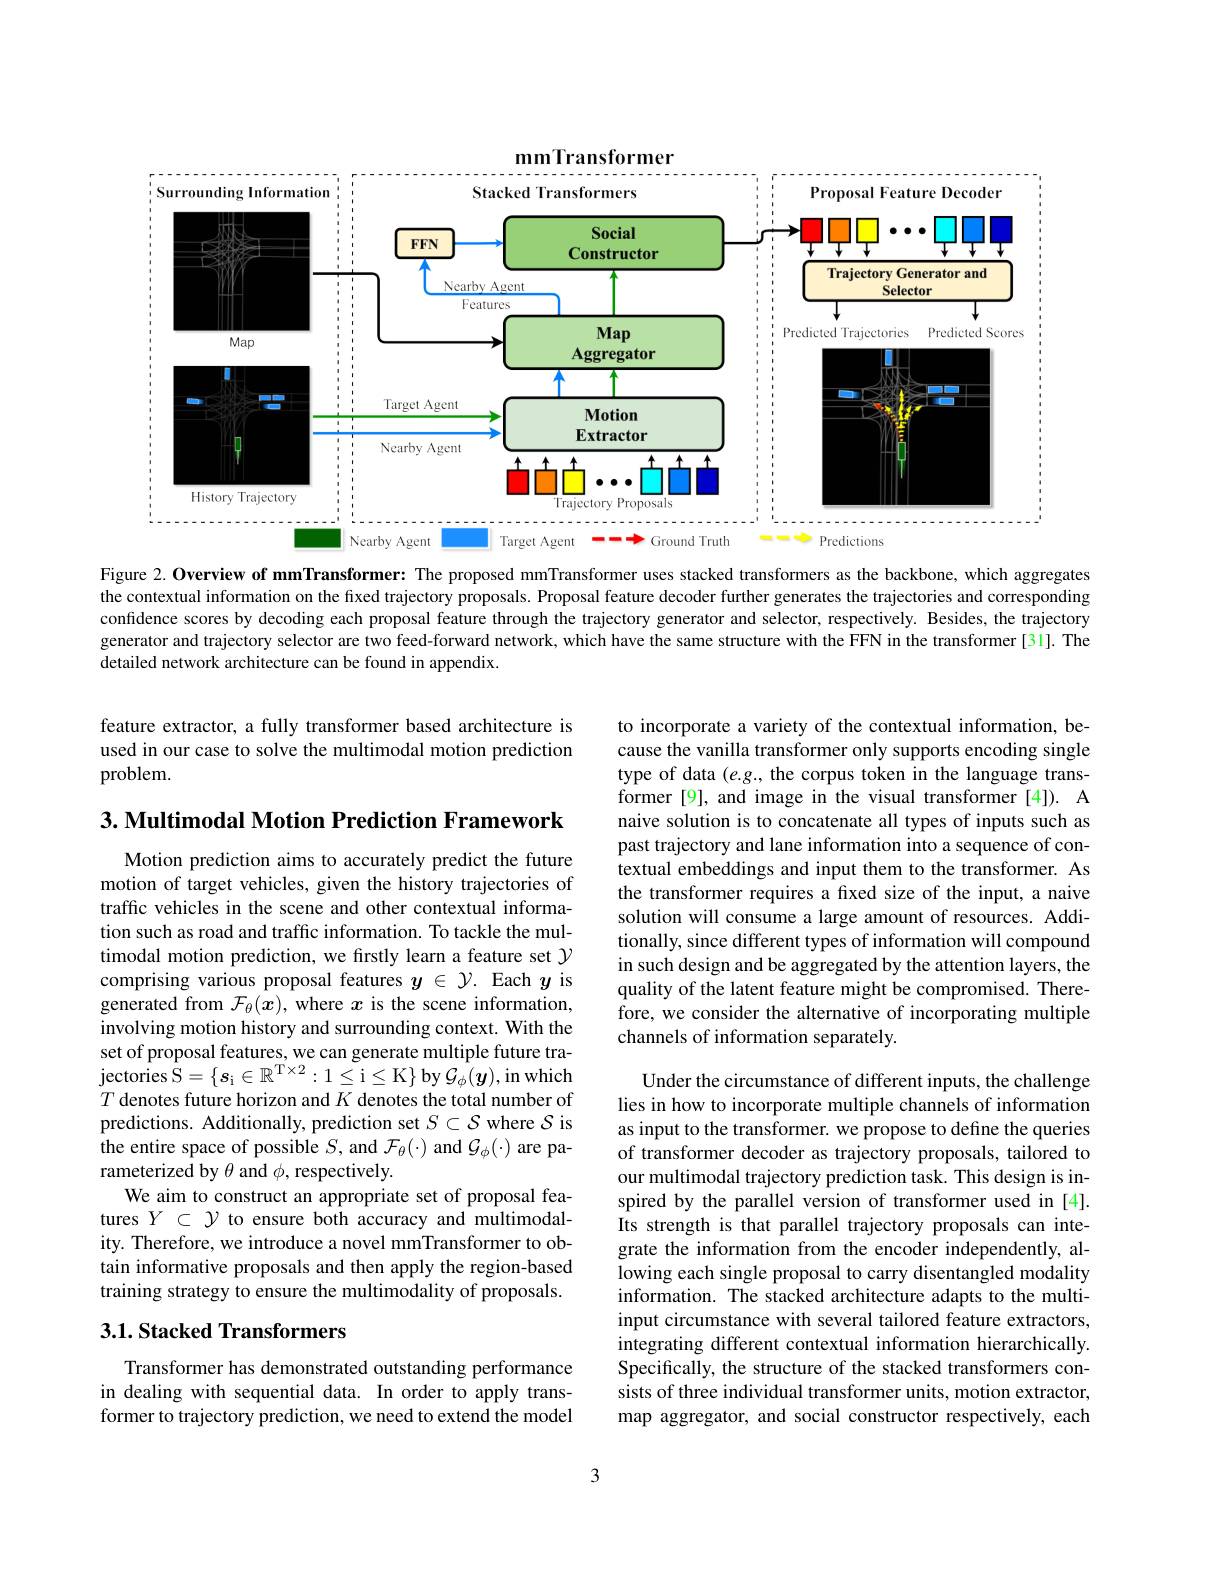
mmTransformer
<FigureHere>

=- Predictions

Ground Truth

Nearby Agent

Target Agent

Figure 2. Overview of mmTransformer: The proposed mmTransformer uses stacked transformers as the backbone, which aggregates the contextual information on the fixed trajectory proposals. Proposal feature decoder further generates the trajectories and corresponding confidence scores by decoding each proposal feature through the trajectory generator and selector, respectively. Besides, the trajectory generator and trajectory selector are two feed-forward network, which have the same structure with the FFN in the transformer[31].The detailed network architecture can be found in appendix.

feature extractor, a fully transformer based architecture is used in our case to solve the multimodal motion prediction problem.

$3. \textbf{Multimodal Motion Prediction Framework}$

to incorporate a variety of the contextual information, because the vanilla transformer only supports encoding single type of data $(e.g.$, the corpus token in the language transformer [9], and image in the visual transformer [4]). A naive solution is to concatenate all types of inputs such as past trajectory and lane information into a sequence of contextual embeddings and input them to the transformer. As the transformer requires a fixed size of the input, a naive solution will consume a large amount of resources. Additionally, since different types of information will compound in such design and be aggregated by the attention layers, the quality of the latent feature might be compromised. Therefore, we consider the alternative of incorporating multiple channels of information separately.

Motion prediction aims to accurately predict the future motion of target vehicles, given the history trajectories of traffic vehicles in the scene and other contextual information such as road and traffic information. To tackle the multimodal motion prediction, we firstly learn a feature set $\gamma$ comprising various proposal features $y\in\mathcal{Y}.$ Each $y$ is generated from $\mathcal{F}_\theta(x)$, where $x$ is the scene information, involving motion history and surrounding context. With the set of proposal features, we can generate multiple future tra- $\hat{\mathrm{jectories~}}\hat{\mathrm{S}}=\{\boldsymbol{s}_{\mathrm{i}}\in\mathbb{R}^{\mathrm{T}\times2}:1\leq$i$\leq$K$\}$by$\mathcal{G}_\phi(\boldsymbol{y})$,in which $T$ denotes future horizon and $K$ denotes the total number of predictions. Additionally, prediction set $S\subset\mathcal{S}$ where $\mathcal{S}$ is the entire space of possible $S$, and $\mathcal{F}_\theta(\cdot)$ and $\mathcal{G}_\phi(\cdot)$ are parameterized by $\theta$ and $\phi$, respectively.
We aim to construct an appropriate set of proposal features $Y\subset\mathcal{Y}$ to ensure both accuracy and multimodality. Therefore, we introduce a novel mmTransformer to obtain informative proposals and then apply the region-based training strategy to ensure the multimodality of proposals.

Under the circumstance of different inputs, the challenge lies in how to incorporate multiple channels of information as input to the transformer. we propose to define the queries of transformer decoder as trajectory proposals, tailored to our multimodal trajectory prediction task. This design is inspired by the parallel version of transformer used in [4]. Its strength is that parallel trajectory proposals can integrate the information from the encoder independently, allowing each single proposal to carry disentangled modality information. The stacked architecture adapts to the multiinput circumstance with several tailored feature extractors, integrating different contextual information hierarchically. Specifically, the structure of the stacked transformers consists of three individual transformer units, motion extractor, map aggregator, and social constructor respectively, each

## 3.1. Stacked Transformers

Transformer has demonstrated outstanding performance in dealing with sequential data. In order to apply transformer to trajectory prediction, we need to extend the model

3